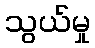
သွယ်မှု